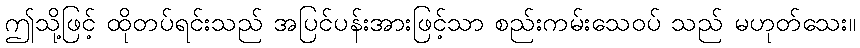
ဤသို့ဖြင့် ထိုတပ်ရင်းသည် အပြင်ပန်းအားဖြင့်သာ စည်းကမ်းသေဝပ် သည် မဟုတ်သေး။